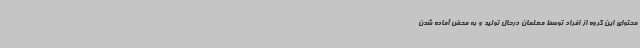
محتوای این گروه از افراد توسط معلمان درحال تولید و به محض آماده شدن